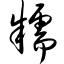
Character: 糯